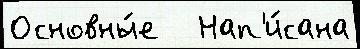
Основны́е   Нап'и́сана